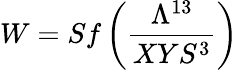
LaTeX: W=Sf\left({\frac{\Lambda^{13}}{XYS^{3}}}\right)